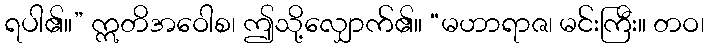
ရပါ၏။” ဣတိအဝေါစ၊ ဤသို့လျှောက်၏။ “မဟာရာဇ၊ မင်းကြီး။ တဝ၊